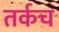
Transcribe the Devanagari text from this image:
तर्कच